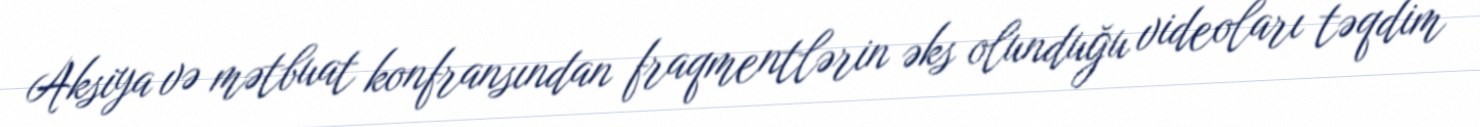
Aksiya və mətbuat konfransından fraqmentlərin əks olunduğu videoları təqdim